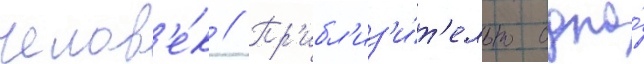
челов'е́к // Пр'ибл'из'и́т'ельно одна́